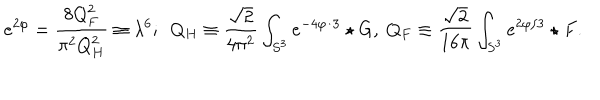
e ^ { 2 \varphi } = { \frac { 8 Q _ { F } ^ { 2 } } { \pi ^ { 2 } Q _ { H } ^ { 2 } } } \equiv \lambda ^ { 6 } ; \ \ Q _ { H } \equiv { \frac { \sqrt { 2 } } { 4 \pi ^ { 2 } } } \int _ { S ^ { 3 } } e ^ { - 4 \varphi / 3 } \star G , \ Q _ { F } \equiv { \frac { \sqrt { 2 } } { 1 6 \pi } } \int _ { S ^ { 3 } } e ^ { 2 \varphi / 3 } \star F .